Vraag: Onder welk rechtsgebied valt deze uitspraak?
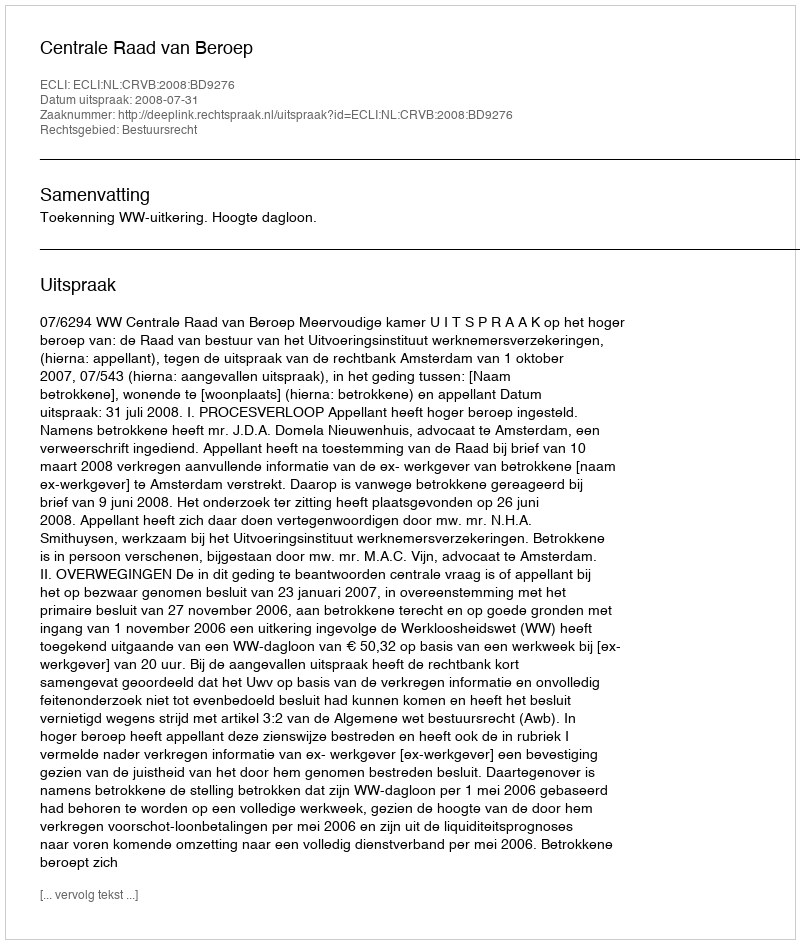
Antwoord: Bestuursrecht